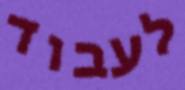
לעבוד